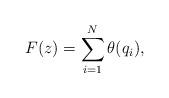
LaTeX: \begin{align*}F(z) = \sum_{i = 1}^N \theta(q_i),\end{align*}